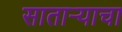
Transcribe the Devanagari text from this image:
साताऱ्याचा